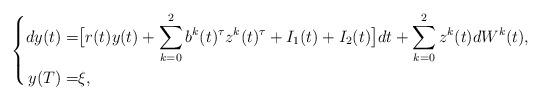
LaTeX: \begin{align*}\left\{\begin{aligned}dy(t)=&\big[r(t)y(t)+\sum_{k=0}^2b^k(t)^\tau z^k(t)^\tau+I_1(t)+I_2(t)\big]dt+\sum_{k=0}^2z^k(t)dW^k(t),\\y(T)=&\xi,\end{aligned}\right.\end{align*}